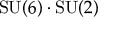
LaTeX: \mathrm { S U } ( 6 ) \cdot \mathrm { S U } ( 2 )